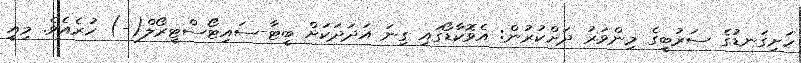
ހަށިގަނޑުގެ ސަރުބީގެ މިންވަރު ދަށްކުރުން: އެވޮކާޑޯގައި ގިނަ އަދަދަކަށް ބީޓާ-ސައިޓޯސްޓީރޯލް(-) ހުރެއެވެ. މިއީ